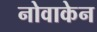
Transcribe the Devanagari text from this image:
नोवाकेन